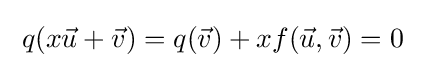
\;q(x{\vec {u}}+{\vec {v}})=q({\vec {v}})+xf({\vec {u}},{\vec {v}})=0\;